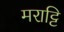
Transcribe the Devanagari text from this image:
मराट्टि